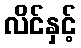
လိင်နှင့်